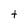
Character: t